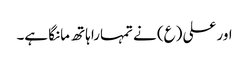
اور علی (ع) نے تمہارا ہاتھ مانگا ہے۔